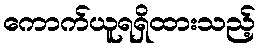
ကောက်ယူရရှိထားသည့်